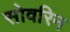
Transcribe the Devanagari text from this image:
सोवरिन